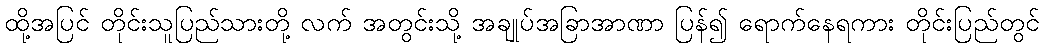
ထို့အပြင် တိုင်းသူပြည်သားတို့ လက် အတွင်းသို့ အချုပ်အခြာအာဏာ ပြန်၍ ရောက်နေရကား တိုင်းပြည်တွင်